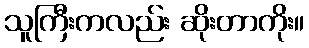
သူကြီးကလည်း ဆိုးတာကိုး။